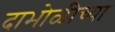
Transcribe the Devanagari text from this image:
दाभोळीच्या